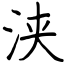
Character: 浃